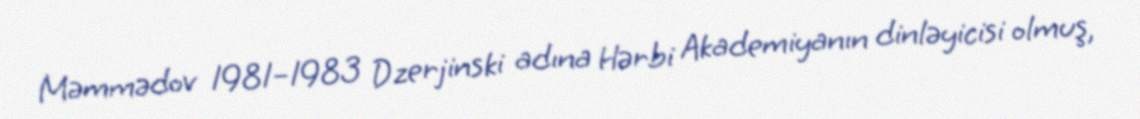
Məmmədov 1981–1983 Dzerjinski adına Hərbi Akademiyanın dinləyicisi olmuş,